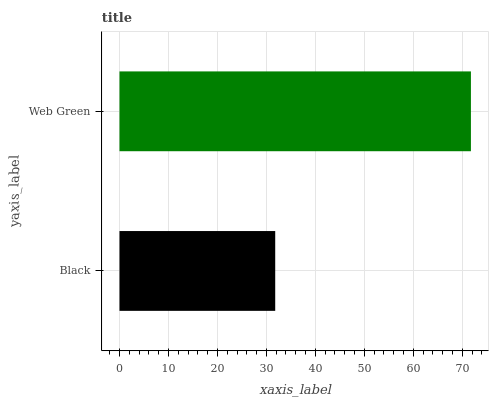
| yaxis_label | bars |
 | --- | --- |
 | Black | 31.8 |
 | Web Green | 71.8 |